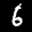
Label: 6